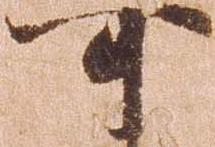
可